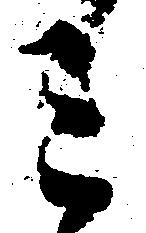
ミ